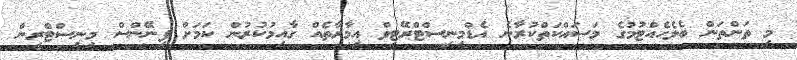
މި ތަންތަން ބެލެހެއްޓުމުގެ މަސައްކަތްކުރާނެ އެޑްމިނިސްޓްރޭޓިވް އިމާރާތެއް ގާއިމުކުރުން ކަމަށް ފިނޭންސް މިނިސްޓްރީން